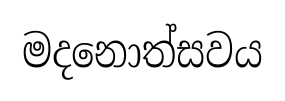
මදනොත්සවය